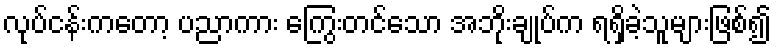
လုပ်ငန်းကတော့ ပညာကား ကြွေးတင်သော အဘိုးချုပ်က ရရှိခဲ့သူများဖြစ်၍